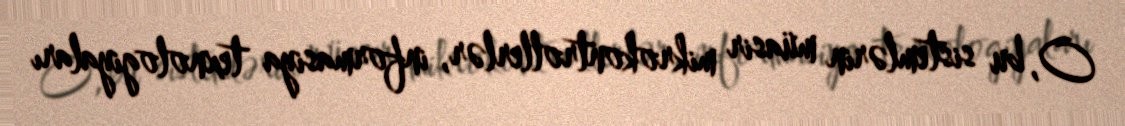
O, bu sistemlərin müasir mikrokontrollerlər, informasiya texnologiyaları